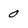
Character: 0